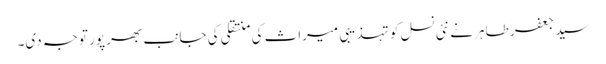
سید جعفر طاہر نے نئی نسل کو تہذیبی میراث کی منتقلی کی جانب بھر پور توجہ دی۔